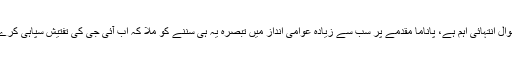
یہ سوال انتہائی اہم ہے، پاناما مقدمے پر سب سے زیادہ عوامی انداز میں تبصرہ یہ ہی سننے کو ملا کہ اب آئی جی کی تفتیش سپاہی کرے گا۔